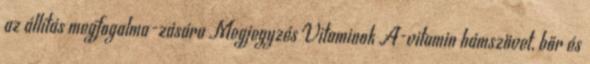
az állítás megfogalma-zására Megjegyzés Vitaminok A-vitamin hámszövet, bőr és